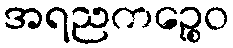
အရညကဉ္စေဝ